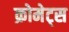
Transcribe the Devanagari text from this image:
क्रोमेट्स